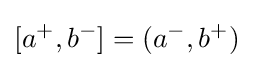
[a^{+},b^{-}]=(a^{-},b^{+})